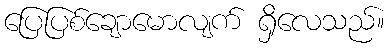
ပြေပြစ်ချောမောလျက် ရှိလေသည်။